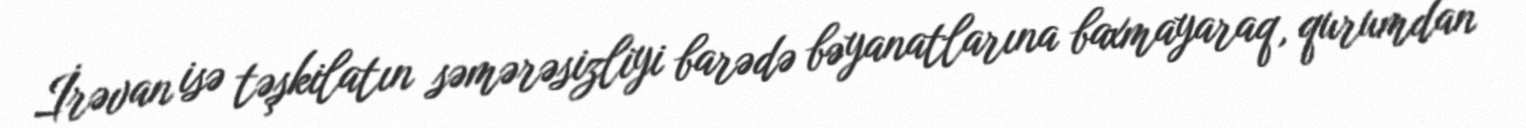
İrəvan isə təşkilatın səmərəsizliyi barədə bəyanatlarına baxmayaraq, qurumdan